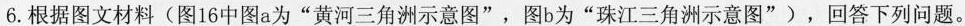
6.根据图文材料(图16中图a为”黄河三角洲示意图”，图b为”珠江三角洲示意图”)，回答下列问题。